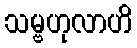
သမ္ဗဟုလာဟိ